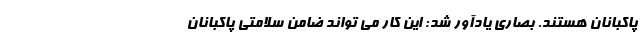
پاکبانان هستند. بصاری یادآور شد: این کار می تواند ضامن سلامتی پاکبانان